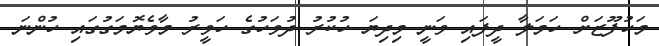
މަހުފޫޒަށް ހަމަލާ ދީފައި ވަނީ މިދިޔަ ހުކުރު ދުވަހުގެ ހަވީރު މާވެޔޮމަގުގައި ހުންނަ